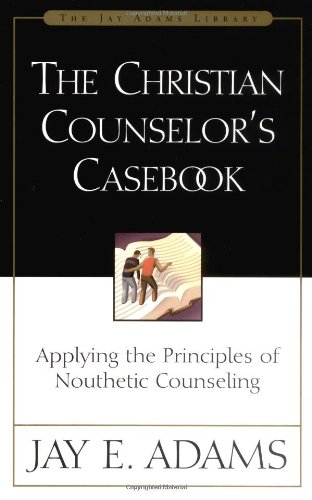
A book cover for Christian Counselor's Casebook, The; Jay E. Adams; Christian Books & Bibles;